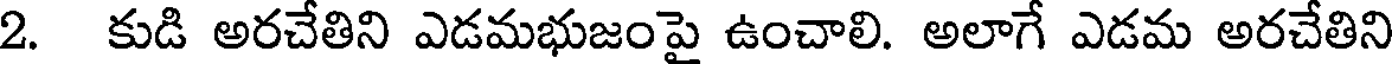
2. కుడి అరచేతిని ఎడమభుజంపై ఉంచాలి. అలాగే ఎడమ అరచేతిని